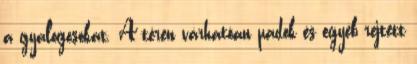
a gyalogosokat. A téren várhatóan padok és egyéb rejtett